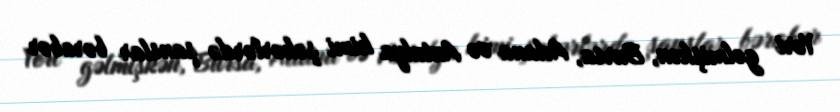
Yeri gəlmişkən, Bursa, Adana və Antalya kimi şəhərlərdə şanslar bərabər